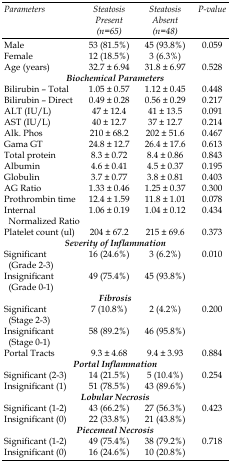
<table><thead><tr><td><b>Parameters</b></td><td><b>Steatosis Present (n=65)</b></td><td><b>Steatosis Absent (n=48)</b></td><td><b>P-value</b></td></tr></thead><tbody><tr><td>Male</td><td>53 (81.5%)</td><td>45 (93.8%)</td><td>0.059</td></tr><tr><td>Female</td><td>12 (18.5%)</td><td>3 (6.3%)</td><td></td></tr><tr><td>Age (years)</td><td>32.7 ± 6.94</td><td>31.8 ± 6.97</td><td>0.528</td></tr><tr><td colspan="4"><i>Biochemical parameters</i></td></tr><tr><td>Bilirubin – Total</td><td>1.05 ± 0.57</td><td>1.12 ± 0.45</td><td>0.448</td></tr><tr><td>Bilirubin – Direct</td><td>0.49 ± 0.28</td><td>0.56 ± 0.29</td><td>0.217</td></tr><tr><td>ALT (IU/L)</td><td>47 ± 12.4</td><td>41 ± 13.5</td><td>0.091</td></tr><tr><td>AST (IU/L)</td><td>40 ± 12.7</td><td>37 ± 12.7</td><td>0.214</td></tr><tr><td>Alk. Phos</td><td>210 ± 68.2</td><td>202 ± 51.6</td><td>0.467</td></tr><tr><td>Gama GT</td><td>24.8 ± 12.7</td><td>26.4 ± 17.6</td><td>0.613</td></tr><tr><td>Total protein</td><td>8.3 ± 0.72</td><td>8.4 ± 0.86</td><td>0.843</td></tr><tr><td>Albumin</td><td>4.6 ± 0.41</td><td>4.5 ± 0.37</td><td>0.195</td></tr><tr><td>Globulin</td><td>3.7 ± 0.77</td><td>3.8 ± 0.81</td><td>0.403</td></tr><tr><td>AG Ratio</td><td>1.33 ± 0.46</td><td>1.25 ± 0.37</td><td>0.300</td></tr><tr><td>Prothrombin time</td><td>12.4 ± 1.59</td><td>11.8 ± 1.01</td><td>0.078</td></tr><tr><td>Internal Normalized Ratio</td><td>1.06 ± 0.19</td><td>1.04 ± 0.12</td><td>0.434</td></tr><tr><td>Platelet count (ul)</td><td>204 ± 67.2</td><td>215 ± 69.6</td><td>0.373</td></tr><tr><td colspan="4"><i>Severity of Inflammation</i></td></tr><tr><td>Significant (Grade 2-3)</td><td>16 (24.6%)</td><td>3 (6.2%)</td><td>0.010</td></tr><tr><td>Insignificant (Grade 0-1)</td><td>49 (75.4%)</td><td>45 (93.8%)</td></tr><tr><td colspan="4"><i>Fibrosis</i></td></tr><tr><td>Significant (Stage 2-3)</td><td>7 (10.8%)</td><td>2 (4.2%)</td><td>0.200</td></tr><tr><td>Insignificant (Stage 0-1)</td><td>58 (89.2%)</td><td>46 (95.8%)</td><td></td></tr><tr><td>Portal Tracts</td><td>9.3 ± 4.68</td><td>9.4 ± 3.93</td><td>0.884</td></tr><tr><td colspan="4"><i>Portal Inflammation</i></td></tr><tr><td>Significant (2-3)</td><td>14 (21.5%)</td><td>5 (10.4%)</td><td>0.254</td></tr><tr><td>Insignificant (1)</td><td>51 (78.5%)</td><td>43 (89.6%)</td><td></td></tr><tr><td colspan="4"><i>Lobular Necrosis</i></td></tr><tr><td>Significant (1-2)</td><td>43 (66.2%)</td><td>27 (56.3%)</td><td>0.423</td></tr><tr><td>Insignificant (0)</td><td>22 (33.8%)</td><td>21 (43.8%)</td></tr><tr><td colspan="4"><i>Piecemeal Necrosis</i></td></tr><tr><td>Significant (1-2)</td><td>49 (75.4%)</td><td>38 (79.2%)</td><td>0.718</td></tr><tr><td>Insignificant (0)</td><td>16 (24.6%)</td><td>10 (20.8%)</td><td></td></tr></tbody></table>